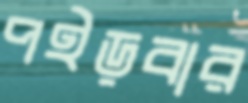
পইড়বার